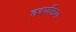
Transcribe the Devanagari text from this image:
ह्रदयक्रिया